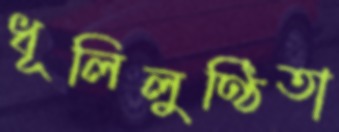
ধূলিলুণ্ঠিতা